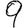
Digit: 9